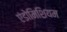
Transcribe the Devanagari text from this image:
एंडोमिशियम